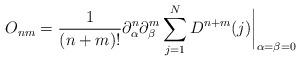
LaTeX: \begin{align*}O_{nm} = {1\over(n+m)!} \partial_\alpha^n \partial_\beta^m\sum_{j=1}^N D^{n+m}(j)\biggr|_{\alpha=\beta=0}\end{align*}